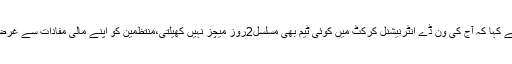
حال ہی میں ایک بی سی سی آئی عہدیدار نے ایک انٹرویو میں ایک بار پھر پرانا مطالبہ دہراتے ہوئے کہا کہ آج کی ون ڈے انٹرنیشنل کرکٹ میں کوئی ٹیم بھی مسلسل2روز میچز نہیں کھیلتی،منتظمین کو اپنے مالی مفادات سے غرض ہوگی لیکن دبئی کی سخت گرمی میں کسی کو بھی یکے بعد دیگرے کھیلنے کاکہنا ناانصافی ہے۔